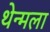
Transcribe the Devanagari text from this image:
थेन्मला